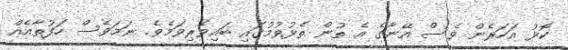
ކޮޅު އަހަރެން ވެސް އޭނާގެ އެ ތުން ތެޅުވުމުގައި ބައިވެރިވަމެވެ. ނަމަވެސް ހަފުތާއެއް